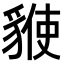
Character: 𧳡